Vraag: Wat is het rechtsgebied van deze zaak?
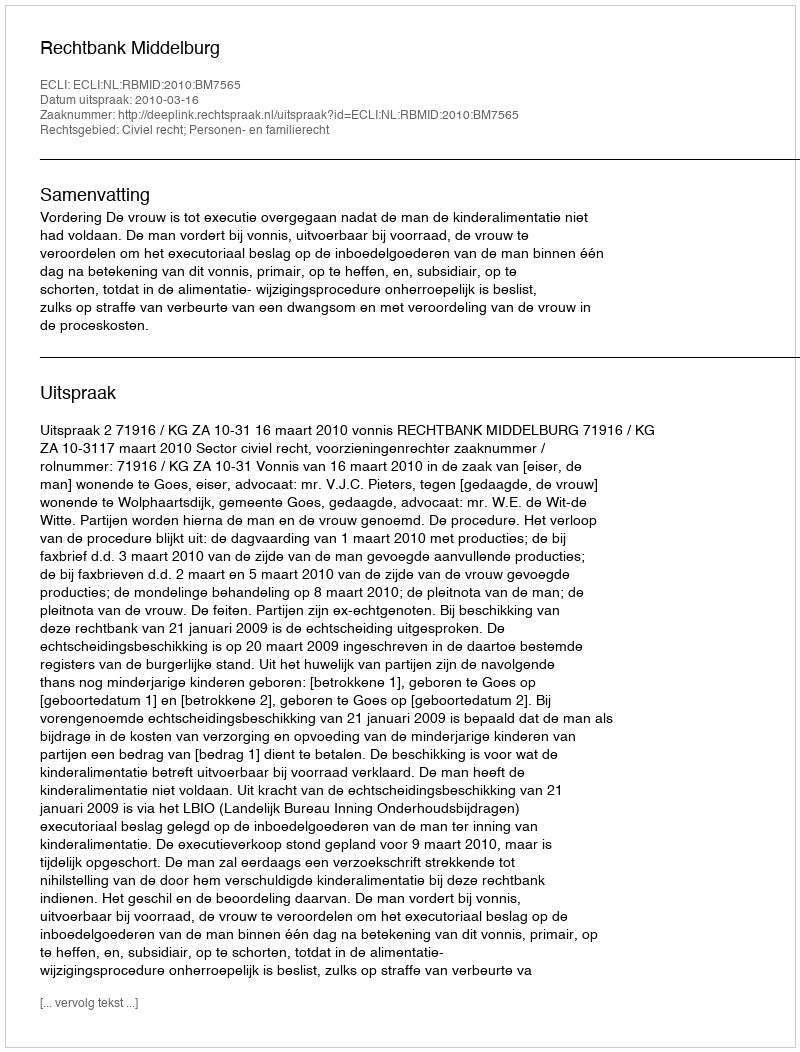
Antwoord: Civiel recht; Personen- en familierecht